Leningradi_Edasi_toimetus, lk 89
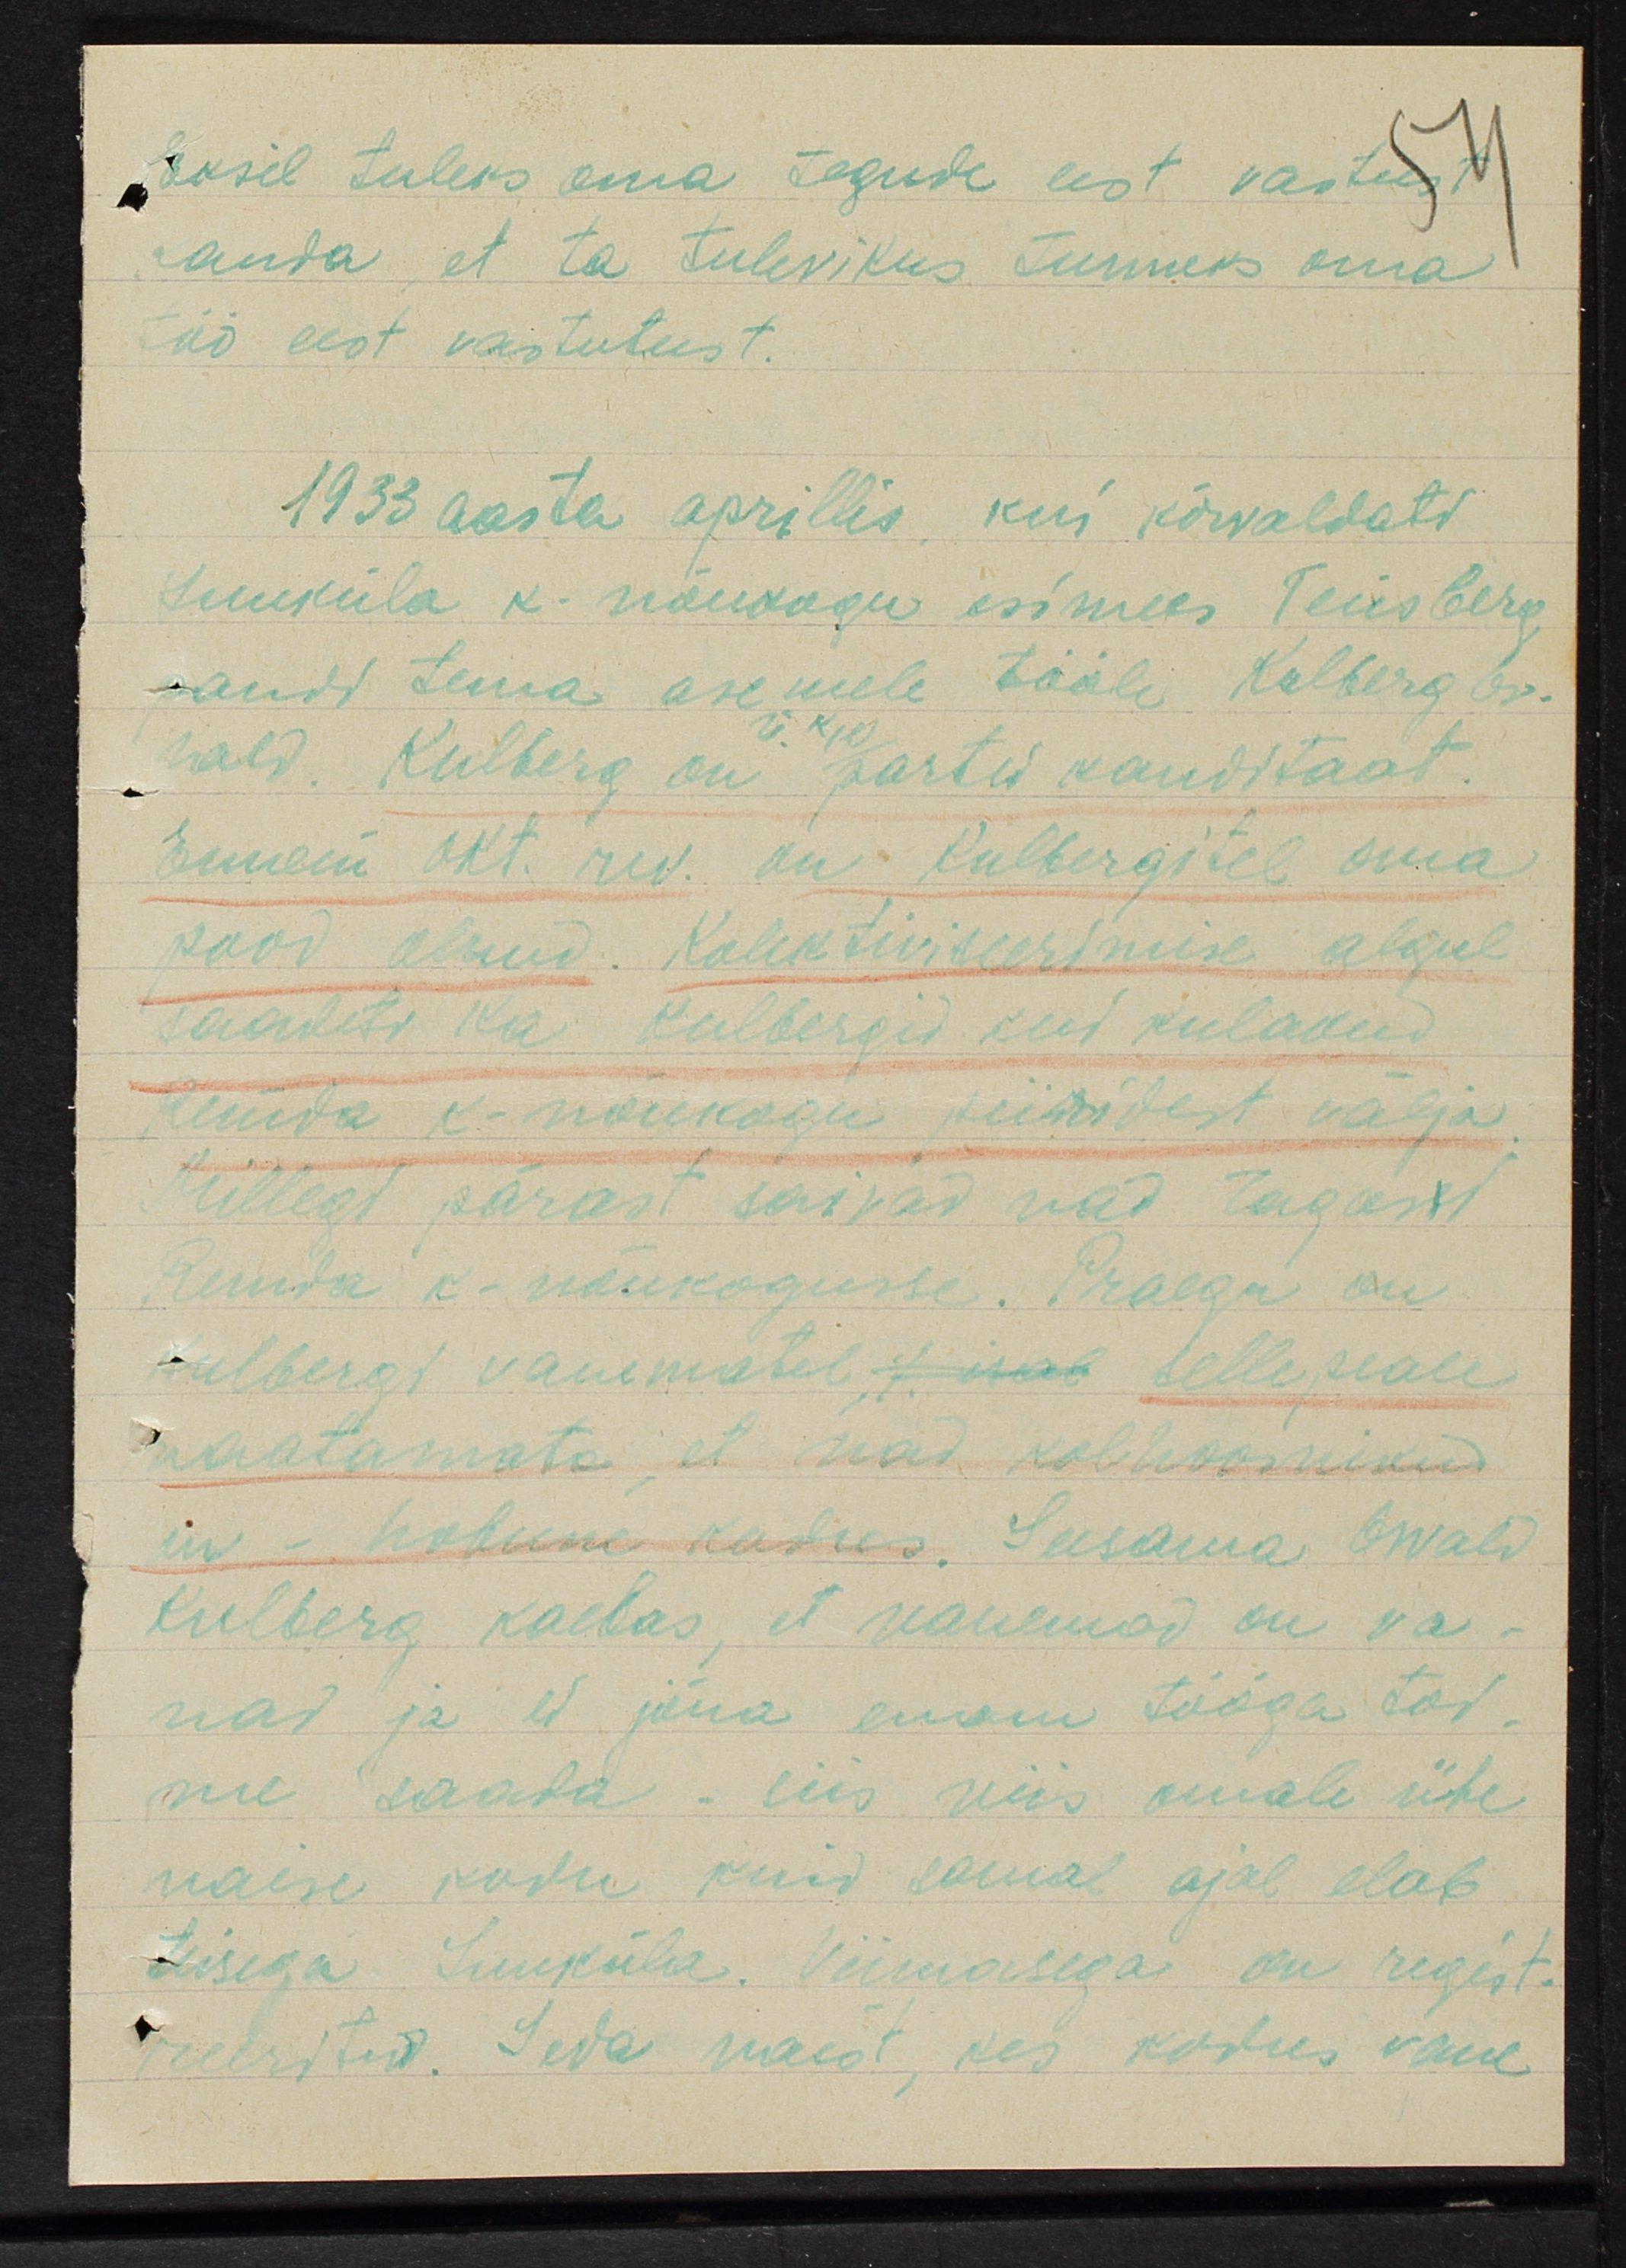
Eksil tuleks oma tegude eest vastust
anda, et ta tulevikus tunneks oma
töö eest vastutust.
1933 aasta aprillis, kui kõrvaldati
Luuküla k. nõukogu esimees Teisberg
pandi tema asemele tööle Kolberg br-
hald. Kulberg on partei kanditaat.
Ennem okt. rev. on Kulbergitel oma
kood olnud. Kolektiiviseerimise algul
saadeti ka Kulbergid kui kulakud
Kuuda k-nõukogu piiridest välja.
Millegi pärast saivad nad tagasi
Kuuta k-nõukogusse. Praegu on
Kulbergi vanematel 4. osab selle peale
vaatamata, et nad kolhoosnikud
ju - hobune kodus. Seesama Owald
Kulberg kaebas, et vanemad on va-
nad ja ei jõua enam tööga toi-
me saada - siis viis omale ühe
naise kodu kuid samal ajal elab
teisega Luuküla. Viimasega on regist-
reeritud. Seda naist, kes kodus vane